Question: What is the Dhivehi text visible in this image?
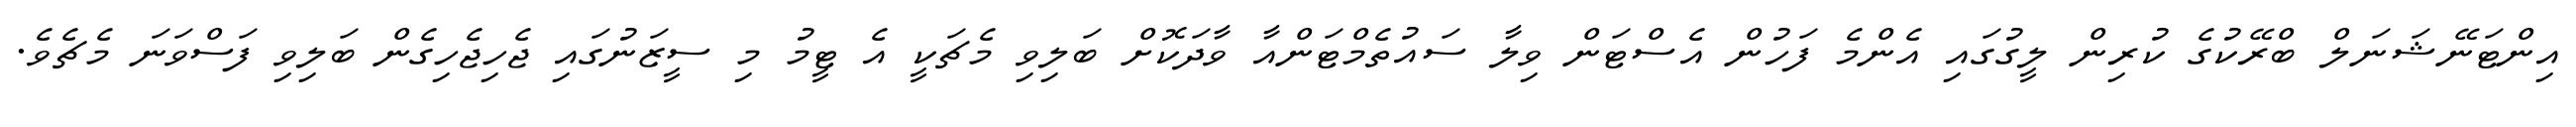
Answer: އިންޓަނޭޝަނަލް ބްރޭކުގެ ކުރިން ލީގުގައި އެންމެ ފަހުން އެސްޓަން ވިލާ ސައުތެމްޓަންއާ ވާދަކޮށް ބަލިވި މެޗަކީ އެ ޓީމު މި ސީޒަނުގައި ޖެހިޖެހިގެން ބަލިވި ފަސްވަނަ މެޗެވެ.